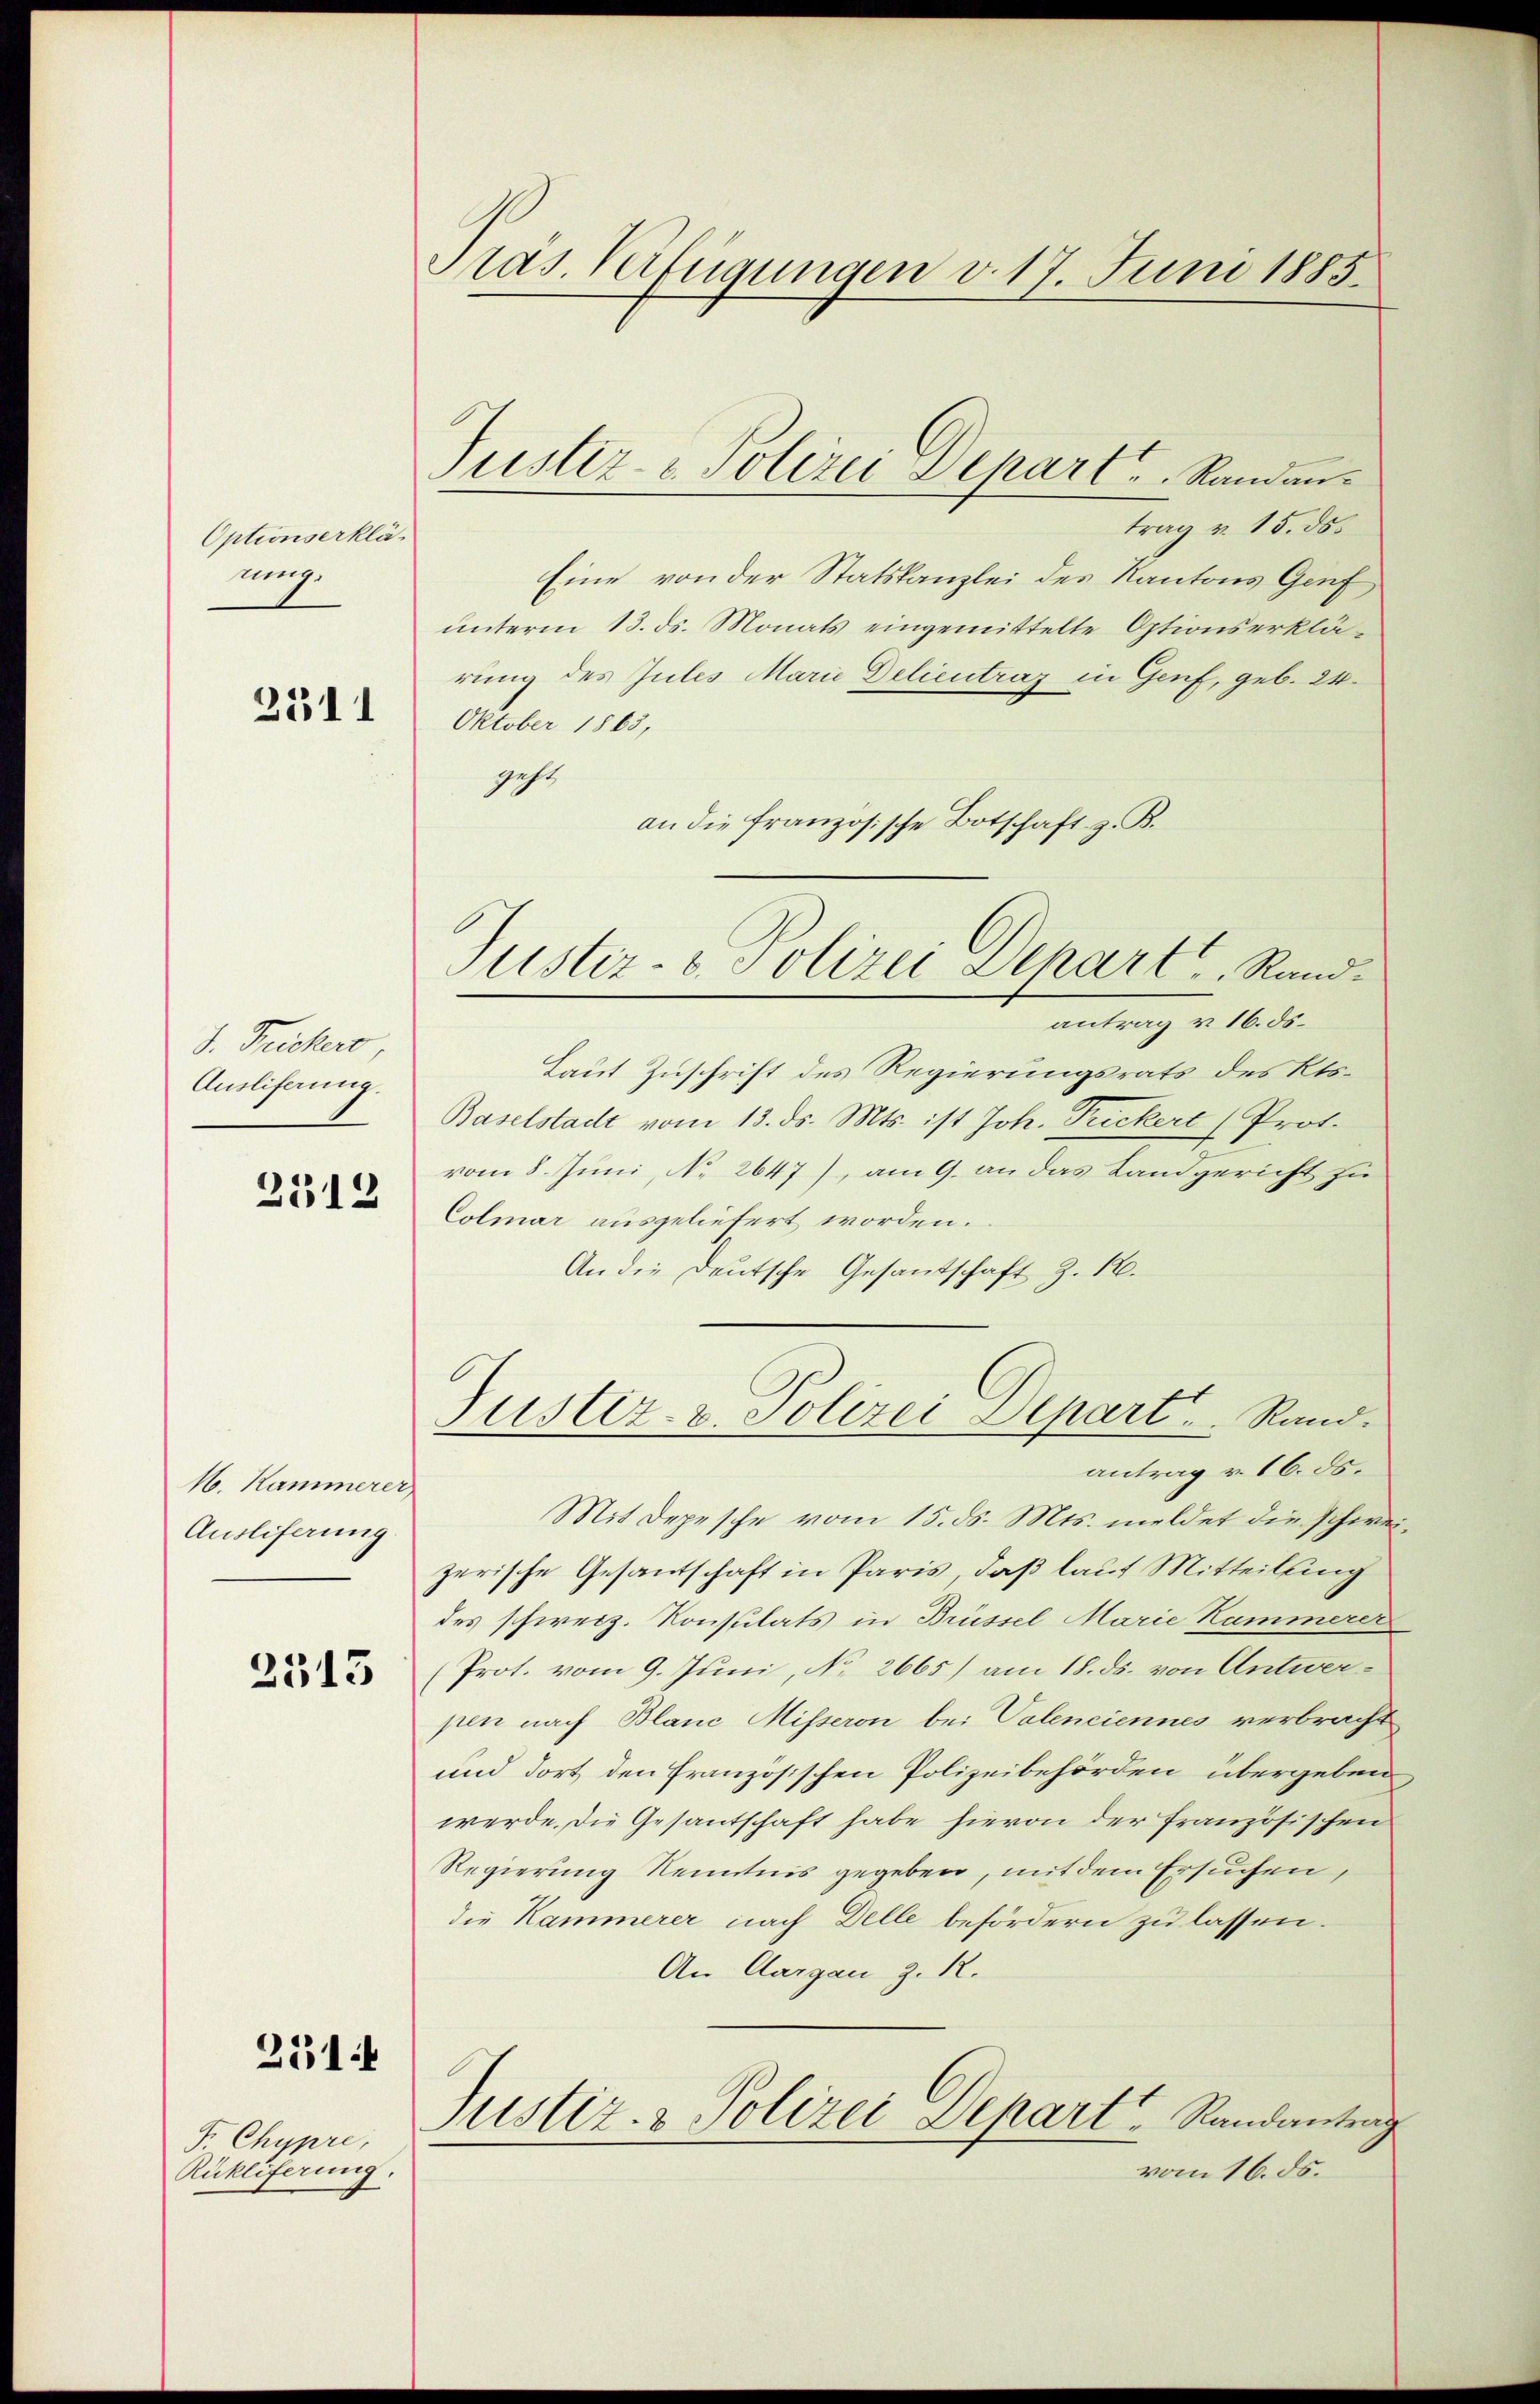
Optionserkläsung.

2511

J. Fickero
Ausliferung.

2312

N. Kammerer,
Ausliferung

2515

231

F. Chypre,
Rükliferung.

Präs. Verfügungen v. 17. Juni 1885.

Puster - Polizei Depart u. Randan¬

trag v. 15. ds.
Eine von der Statskanzlei des Kantons Genf
unterm 13. ds. Monats eingemittelte Optionserklärung des Jules Marie Delieutrag in Genf, geb. 24.
Oktober 1863,
geht
an die französische Botschaft z. B.
antrag v. 16. ds.
Laut Zuschrift des Regierungsrats des Kts.
Baselstadt vom 13. ds. Mts. ist Joh. Trickerl (Prot.
vom 8. Juni, No. 2647), am 9. an das Landgericht zu
Colmar ausgeliefert worden.
An die Deutsche Gesandschaft Z. 12.
Justiz- u. Polizei Depart.  ..  Rand.
antrag v. 16. ds.
Mit Depesche vom 15. ds. Mts. meldet die schweizerische Gesantschaft in Paris, daß laut Mitteilung
des schweiz. Konsulats in Brüssel Marie Kammerer
Prot. vom 9. Juni, No. 2665) am 18. ds. von Antwerpen nach Blanc Misseron bei Valenciennes verbracht
und dort den Französischen Polizeibehörden übergeben
werde, die Gesantschaft habe hievon der französischen
Regierung Kenntnis gegeben, mit dem Ersuchen,
die Kammerer nach Delle befördern zu lassen.
An Aargau z. R.
Justiz- & Polizei Depart Randantrag
vom 16. ds.

Justiz- & Polizei Depart., Rand¬